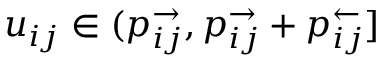
u _ { i j } \in ( p _ { i j } ^ { \rightarrow } , p _ { i j } ^ { \rightarrow } + p _ { i j } ^ { \leftarrow } ]